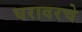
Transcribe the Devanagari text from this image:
घरावरचे